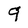
Character: q